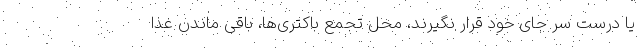
یا درست سر جای خود قرار نگیرند، محل تجمع باکتری‌ها، باقی ماندن غذا